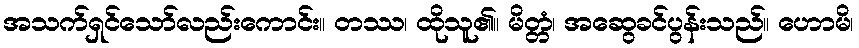
အသက်ရှင်သော်လည်းကောင်း။ တဿ၊ ထိုသူ၏။ မိတ္တံ၊ အဆွေခင်ပွန်းသည်။ ဟောမိ၊